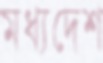
মধ্যদেশ